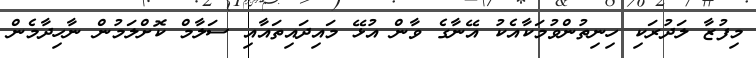
މިފުޒާ ލަދުރަކި ހިނިތުންވުމަކާއެކު އޭނާގެ ވާން އުޅޭ މައިދައިތައާއި ސަލާމް ކޮށްލަމުން ނާހިދާމެން